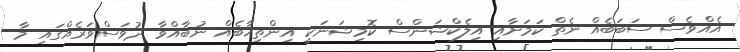
އެއްވެސް ސަބަބެއް ނެތް ކަމަށާއި އިލެކްޝަންސް ކޮމިޝަނަކީ އިންތިޚާބެއް ނުބާއްވާ ދުވަސްވަރެއްގައި މާ